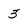
Character: 3